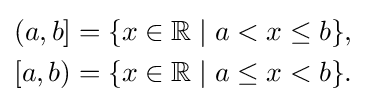
{\begin{aligned}\left(a,b\right]&=\{x\in \mathbb {R} \mid a<x\leq b\},\\\left[a,b\right)&=\{x\in \mathbb {R} \mid a\leq x<b\}.\\\end{aligned}}